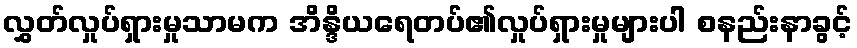
လွှတ်လှုပ်ရှားမှုသာမက အိန္ဒိယရေတပ်၏လှုပ်ရှားမှုများပါ စနည်းနာခွင့်